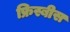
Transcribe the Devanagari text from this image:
फ्रिस्बीस